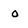
Character: o